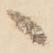
へ